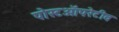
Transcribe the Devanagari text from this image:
पोस्टऑपरेटीव